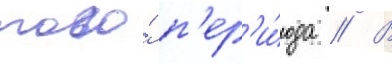
того́ п'ер'и́ода // В